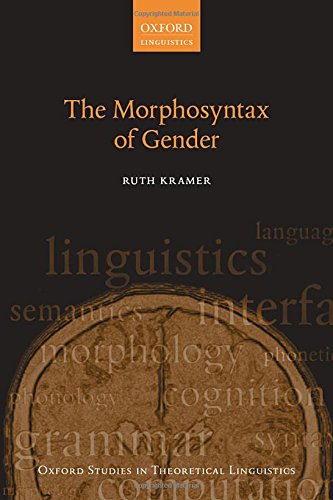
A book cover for The Morphosyntax of Gender (Oxford Studies in Theoretical Linguistics); Ruth Kramer; Reference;